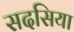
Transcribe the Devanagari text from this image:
सदसिया